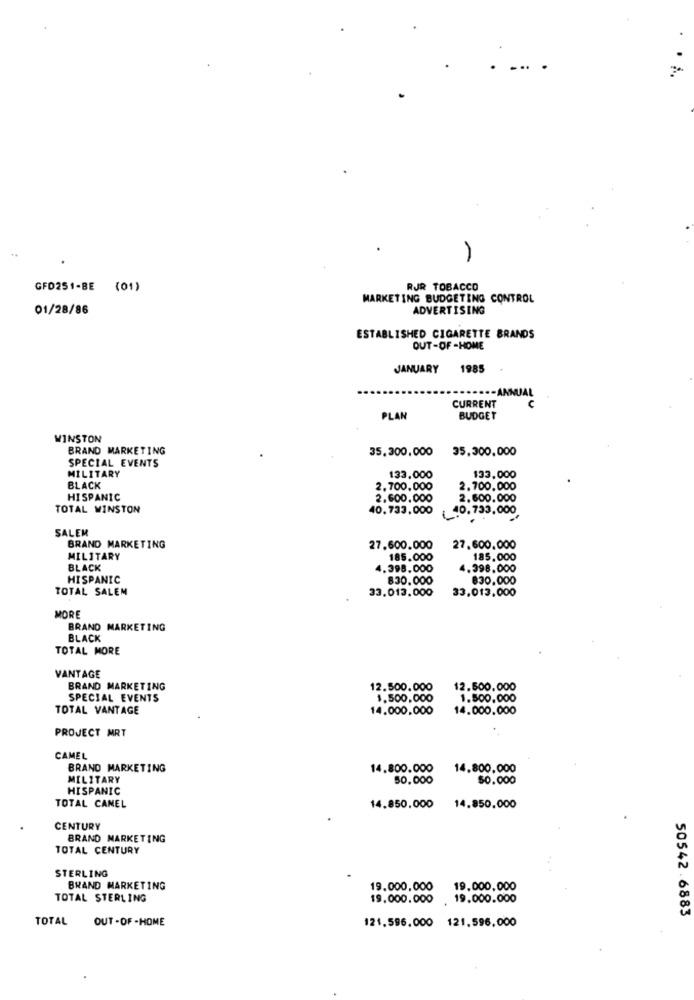
.. .
GFO251-BE (01)
RJR TOBACCO
MARKETING BUDGETING CONTROL
01/28/86
ADVERTISING
ESTABLISHED CIGARETTE BRANDS
OUT-OF -HOME
JANUARY 1985
CURRENT
PLAN
BUDGET
WINSTON
BRAND MARKETING
35.300,000
35,300,000
SPECIAL EVENTS
MILITARY
133,000
133.000
BLACK
2.700.000
2.700.000
HISPANIC
2.600.000
2.600.000
TOTAL WINSTON
40.733,000
(40.733,000
SALEM
BRAND MARKETING
27.600.000
27.600.000
MILITARY
185.000
185.000
BLACK
4.398,000
4.398.000
HISPANIC
830.000
830,000
TOTAL SALEM
33.013.000
33,013,000
MORE
BRAND MARKETING
BLACK
TOTAL MORE
VANTAGE
BRAND MARKETING
12.500.000
12.500.000
SPECIAL EVENTS
1.500.000
1.500.000
TOTAL VANTAGE
14.000,000
14.000.000
PROJECT MRT
CAMEL
BRAND MARKETING
14.800.000
14.800,000
MILITARY
50.000
50.000
HISPANIC
TOTAL CANEL
14.850.000
14.850.000
CENTURY
BRAND MARKETING
TOTAL CENTURY
STERLING
BRAND MARKETING
19.000,000
19.000,000
TOTAL STERLING
19.000.000
19.000.000
50542.6883
TOTAL
OUT -OF -HOME
121.596.000 121,596,000